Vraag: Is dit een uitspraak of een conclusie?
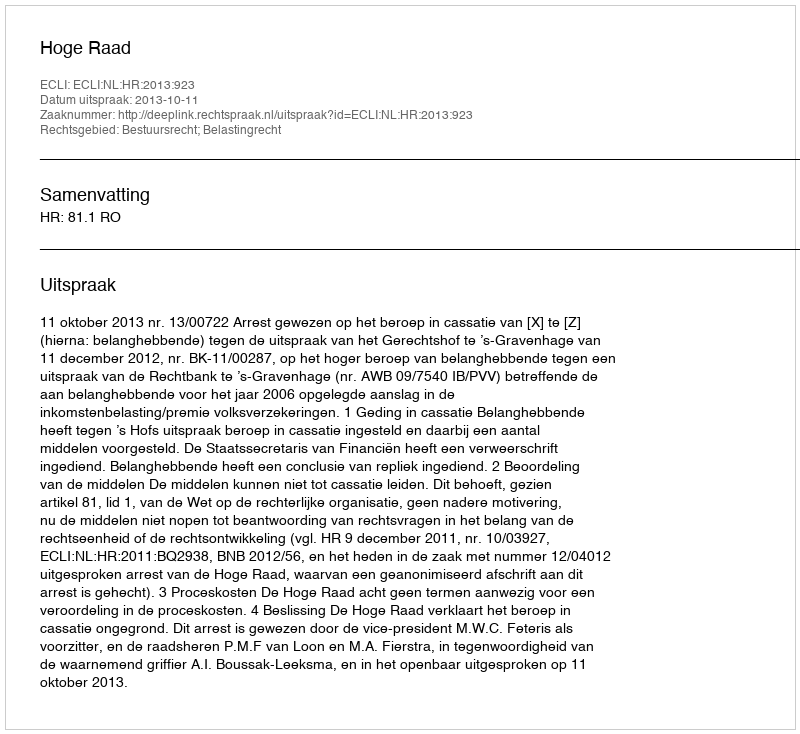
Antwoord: Uitspraak